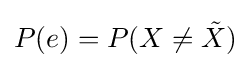
P(e)=P(X\neq {\tilde {X}})